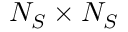
N _ { S } \times N _ { S }